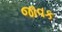
જાવક